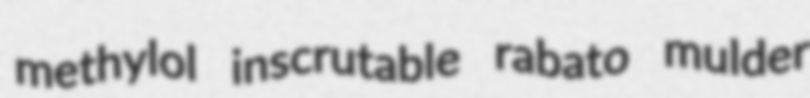
methylol inscrutable rabato mulder